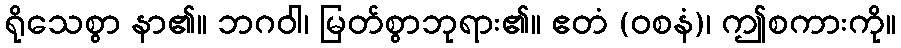
ရိုသေစွာ နာ၏။ ဘဂဝါ၊ မြတ်စွာဘုရား၏။ ဧတံ (ဝစနံ)၊ ဤစကားကို။